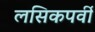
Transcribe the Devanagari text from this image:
लसिकपर्वी